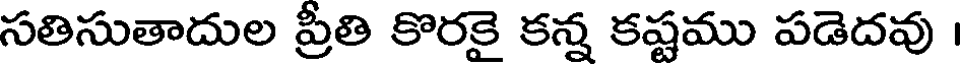
సతిసుతాదుల ప్రీతి కొరకై కన్న కష్టము పడెదవు